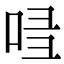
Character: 𠱲